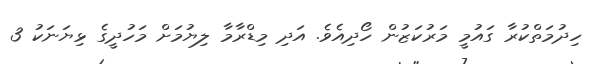
ހިދުމަތްކުރާ ގައުމީ މަރުކަޒުން ހޯދިއެވެ. އަދި މިޑްރާމާ ލިޔުމަށް މަހުދީގެ ޅިޔަނަކު 3